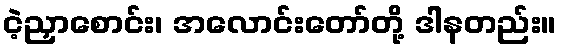
ငဲ့ညှာစောင်း၊ အလောင်းတော်တို့ ဒါနတည်း။